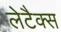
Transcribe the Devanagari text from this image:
लेटैक्स